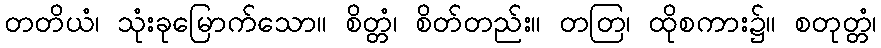
တတိယံ၊ သုံးခုမြောက်သော။ စိတ္တံ၊ စိတ်တည်း။ တတြ၊ ထိုစကား၌။ စတုတ္တံ၊